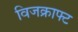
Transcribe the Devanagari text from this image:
विजक्राफ्ट